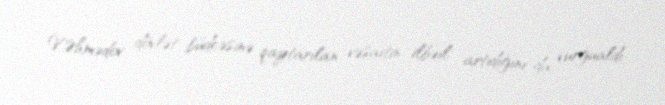
V.Əhmədov dövlət büdcəsinə qaytarılan vəsaitin ilbəil artıdığını da vurğualdı: